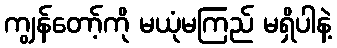
ကျွန်တော့်ကို မယုံမကြည် မရှိပါနဲ့